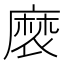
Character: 𮮉